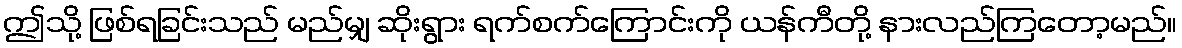
ဤသို့ ဖြစ်ရခြင်းသည် မည်မျှ ဆိုးရွား ရက်စက်ကြောင်းကို ယန်ကီတို့ နားလည်ကြတော့မည်။